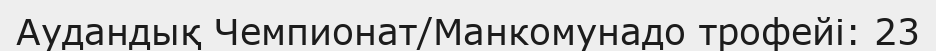
Аудандық Чемпионат/Манкомунадо трофейі: 23